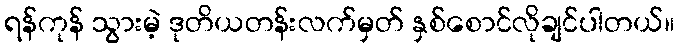
ရန်ကုန် သွားမဲ့ ဒုတိယတန်းလက်မှတ် နှစ်စောင်လိုချင်ပါတယ်။